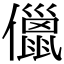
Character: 儠